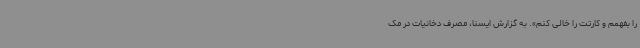
را بفهمم و کارتت را خالی کنم». به گزارش ایسنا، مصرف دخانیات در مک